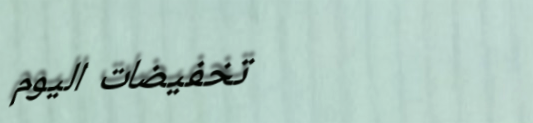
تخفيضات اليوم